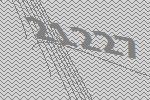
21227